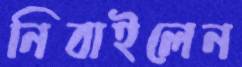
নিবাইলেন